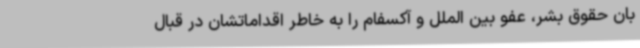
بان حقوق بشر، عفو بین الملل و آکسفام را به خاطر اقداماتشان در قبال